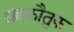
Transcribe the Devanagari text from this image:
ग्रहकौतुक